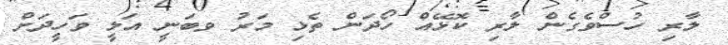
ލާރި ހުސްވެގެން ލާރި ކޮޅޭއް ހޯދަން ތެޅި މަރު ވބަނީ އަލީ ވަހީދަށް